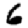
Digit: 6